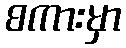
စကားမှာ